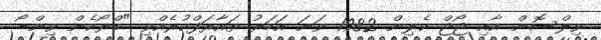
ވިލްސޮން އާއި ޖޯޖް ކެލިން 1982 ވަނަ އަހަރު ތައާރަފްކުރެއްވި "ބްރޯކެން ވިންޑޯ